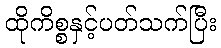
ထိုကိစ္စနှင့်ပတ်သက်ပြီး